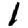
Digit: 1